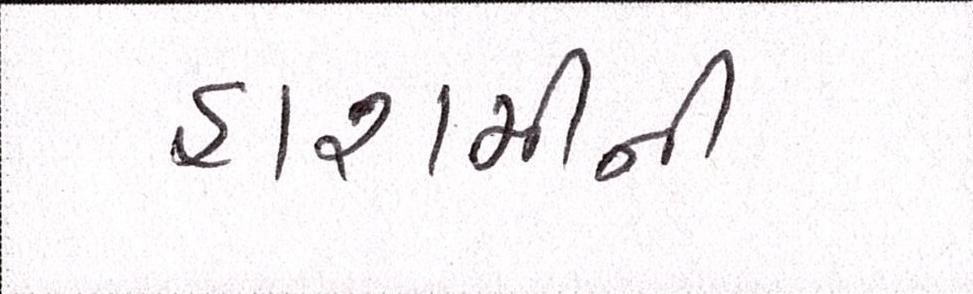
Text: હાશમીની